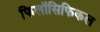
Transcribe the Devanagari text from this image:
फिलॉसिफिकल